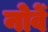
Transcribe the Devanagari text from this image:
नोवें